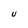
Character: U